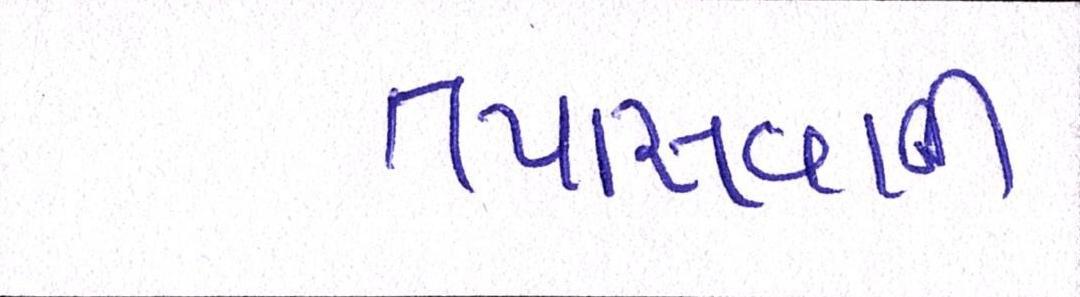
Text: તપાસવાની